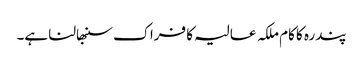
پندرہ کا کام ملکہ عالیہ کا فراک سنبھالنا ہے۔